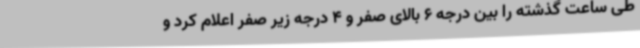
طی ساعت گذشته را بین درجه 6 بالای صفر و 4 درجه زیر صفر اعلام کرد و